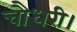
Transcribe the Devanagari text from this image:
चौधरी।